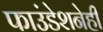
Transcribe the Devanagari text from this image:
फाउंडेशनेही